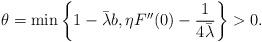
LaTeX: \begin{align*}\theta=\min\left\{ 1-\bar\lambda b, \eta F''(0)- \frac{1}{4\bar\lambda}\right\}>0.\end{align*}